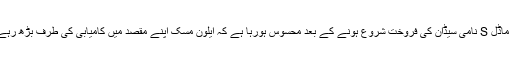
ٹیسلا ماڈل S نامی سیڈان کی فروخت شروع ہونے کے بعد محسوس ہورہا ہے کہ ایلون مُسک اپنے مقصد میں کامیابی کی طرف بڑھ رہے ہیں۔